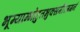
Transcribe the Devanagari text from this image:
भूम्याम्भोहुतभुक्समीरगगनं